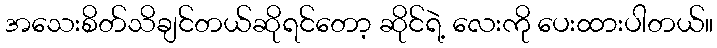
အသေးစိတ်သိချင်တယ်ဆိုရင်တော့ ဆိုင်ရဲ့ လေးကို ပေးထားပါတယ်။